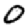
Digit: 0